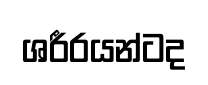
ශරීරයන්ටද